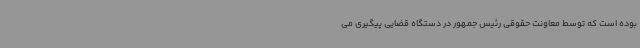
بوده است که توسط معاونت حقوقی رئیس جمهور در دستگاه قضایی پیگیری می